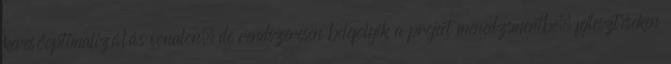
keresőoptimalizálás vonalon, de rendszeresen belefolyik a project menedzsmentbe, fejlesztéseken